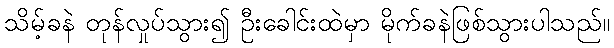
သိမ့်ခနဲ တုန်လှုပ်သွား၍ ဦးခေါင်းထဲမှာ မိုက်ခနဲဖြစ်သွားပါသည်။